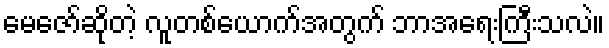
မေဇော်ဆိုတဲ့ လူတစ်ယောက်အတွက် ဘာအရေးကြီးသလဲ။